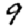
Digit: 9